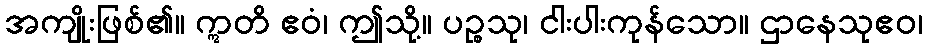
အကျိုးဖြစ်၏။ ဣတိ ဧဝံ၊ ဤသို့။ ပဉ္စသု၊ ငါးပါးကုန်သော။ ဌာနေသုဧဝ၊